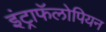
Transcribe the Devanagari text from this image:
इंट्राफॅलोपियन